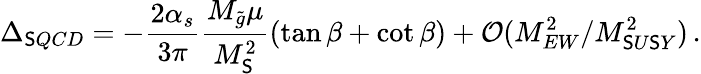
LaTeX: \Delta_{\mathsf{S}QCD}=-\frac{{2\alpha_{s}}}{{3\pi}}\frac{{M_{\tilde{{g}}}\mu}}{{M_{\mathsf{S}}^{2}}}(\tan\beta+\cot\beta)+\mathcal{{O}}(M_{EW}^{2}/M_{\mathsf{S}U\mathsf{S}Y}^{2})\, .